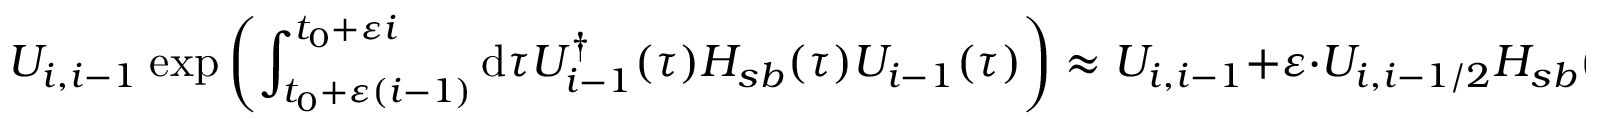
U _ { i , i - 1 } ~ \mathrm { e x p } \left( \int _ { t _ { 0 } + \varepsilon ( i - 1 ) } ^ { t _ { 0 } + \varepsilon i } \mathrm { d } \tau U _ { i - 1 } ^ { \dagger } ( \tau ) H _ { s b } ( \tau ) U _ { i - 1 } ( \tau ) \right) \approx U _ { i , i - 1 } + \varepsilon \cdot U _ { i , i - 1 / 2 } H _ { s b } ( t _ { 0 } + \varepsilon ( i - 1 / 2 ) ) U _ { i - 1 / 2 , i - 1 } = : U _ { i , i - 1 } + \varepsilon \cdot U _ { s b } ^ { ( 1 ) } ( i )